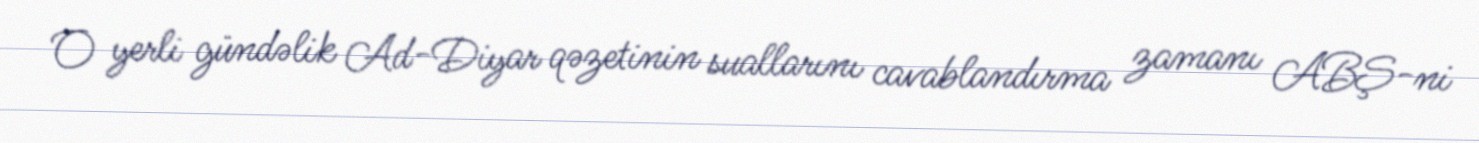
O yerli gündəlik Ad-Diyar qəzetinin suallarını cavablandırma zamanı ABŞ-ni